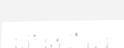
លើ រង គឺ ត្រូវ